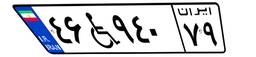
۴۶W۹۴۰۷۹